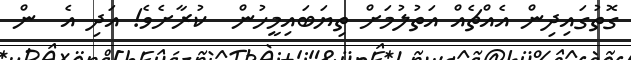
ގޮތުގައިދިން އެއްޗެއް އަތުލުމަށް ތިޔަބައިމީހުން  ކުރާށެވެ! އަދި އެ  ން